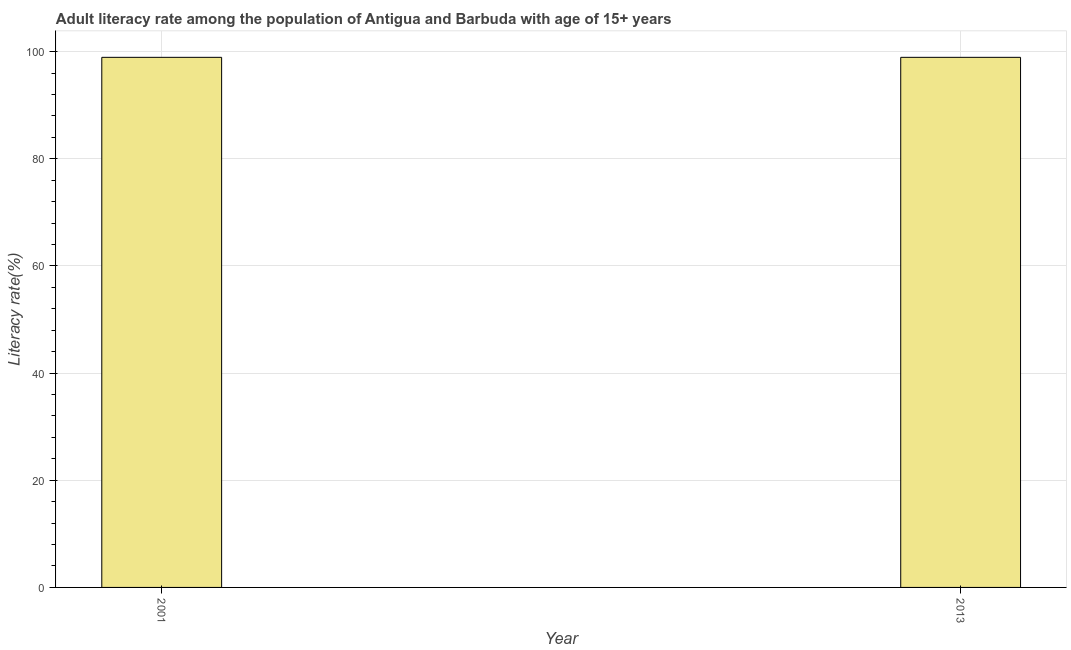
| Year | Adult literacy rate |
 | --- | --- |
 | 2001 | 98.9 |
 | 2013 | 98.9 |